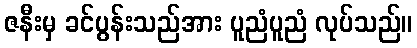
ဇနီးမှ ခင်ပွန်းသည်အား ပူညံပူညံ လုပ်သည်။